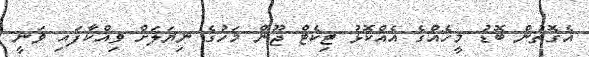
އެގޮތުން ބޮޑު މީހެއްގެ އެއްކޮޅު ޓިކެޓް ޖޫން މަހުގެ ނިޔަލަށް ވިއްކާފައި ވަނީ